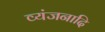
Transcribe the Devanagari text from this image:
व्यंजनादि